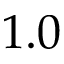
1 . 0